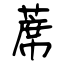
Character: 蓆